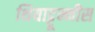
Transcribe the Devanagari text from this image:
थियाट्टून्नीस